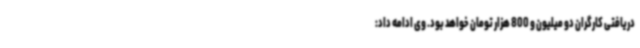
دریافتی کارگران دو میلیون و 800 هزار تومان خواهد بود. وی ادامه داد: